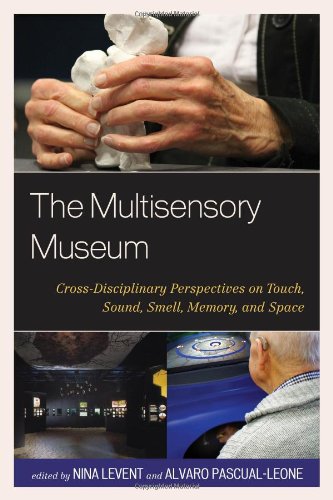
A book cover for The Multisensory Museum: Cross-Disciplinary Perspectives on Touch, Sound, Smell, Memory, and Space; Business & Money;